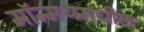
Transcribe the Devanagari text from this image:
मॉन्मथमधील